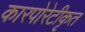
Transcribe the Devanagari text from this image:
कारपोरेटीकृत